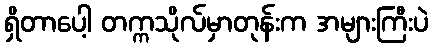
ရှိတာပေါ့ တက္ကသိုလ်မှာတုန်းက အများကြီးပဲ